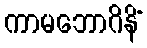
ကာမဘောဂိနိံ